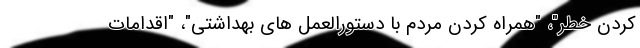
کردن خطر"، "همراه کردن مردم با دستورالعمل های بهداشتی"، "اقدامات